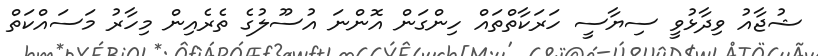
ޝުޖާއު ވިދާޅުވީ ސިޔާސީ ހަރަކާތްތައް ހިންގަން އޮންނަ އުސޫލުގެ ތެރެއިން މިހާރު މަސައްކަތް